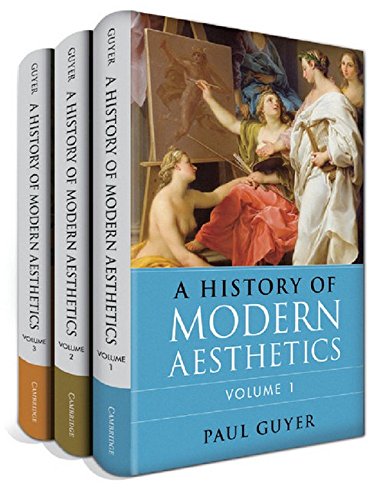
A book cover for A History of Modern Aesthetics 3 Volume Set; Professor Paul Guyer; Politics & Social Sciences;